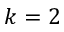
k = 2